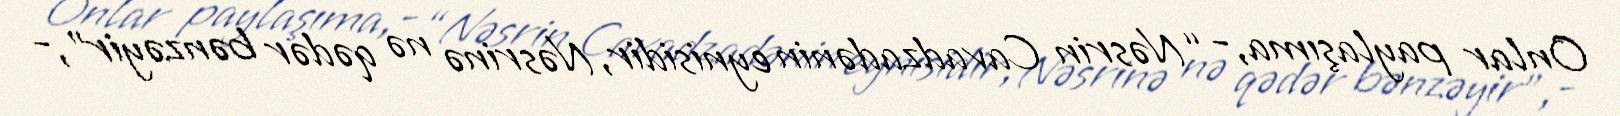
Onlar paylaşıma,- “Nəsrin Cavadzadənin eynisidir, Nəsrinə nə qədər bənzəyir”,-